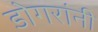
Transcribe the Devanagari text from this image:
डोगरांनी